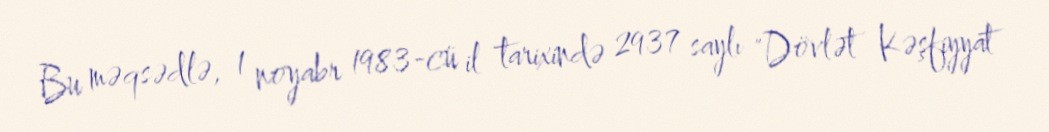
Bu məqsədlə, 1 noyabr 1983-cü il tarixində 2937 saylı "Dövlət Kəşfiyyat